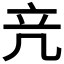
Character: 𥩕